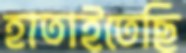
হাতাইতেছি